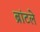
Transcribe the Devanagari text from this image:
ब्रांटले